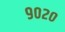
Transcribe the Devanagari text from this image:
९०२०